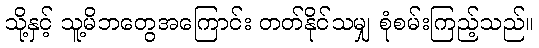
သို့နှင့် သူ့မိဘတွေအကြောင်း တတ်နိုင်သမျှ စုံစမ်းကြည့်သည်။